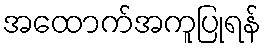
အထောက်အကူပြုရန်